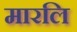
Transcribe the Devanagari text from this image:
मारलि